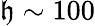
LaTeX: \mathfrak{h}\sim100